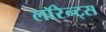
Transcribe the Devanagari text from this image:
लॉरेन्ट्स